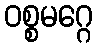
ဝစ္စမဂ္ဂေ